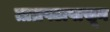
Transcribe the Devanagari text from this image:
ताम्रपटापासून